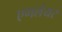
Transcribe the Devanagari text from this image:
एगलेयर